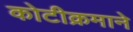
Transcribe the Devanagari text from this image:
कोटीक्रमाने